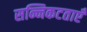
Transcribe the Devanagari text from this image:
सन्निकटताएँ